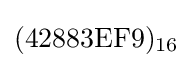
({\text{42883EF9}})_{16}